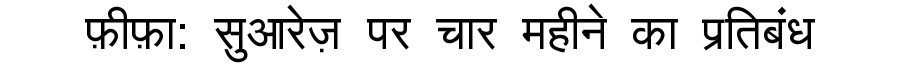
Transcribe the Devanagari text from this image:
फ़ीफ़ा: सुआरेज़ पर चार महीने का प्रतिबंध